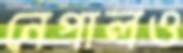
নেপালও